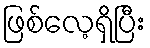
ဖြစ်လေ့ရှိပြီး